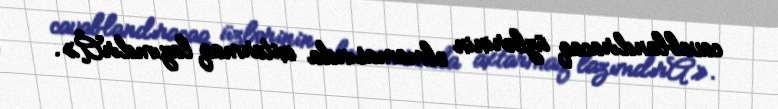
cavablandıracaq üzlərinin olmamasında axtarmaq lazımdırÂ».